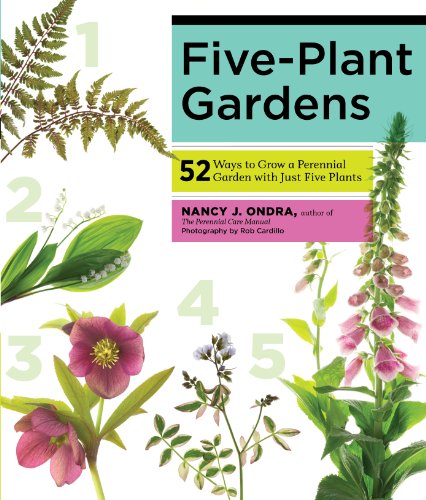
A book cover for Five-Plant Gardens: 52 Ways to Grow a Perennial Garden with Just Five Plants; Nancy J. Ondra; Crafts, Hobbies & Home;